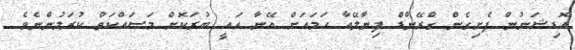
އޮޑިޝަނުން ފެށިގެން ގްރޭންޑް ފިނާލޭއާ ހަމައަށް އޭނާ އައީ ބުރަކޮށް މަސައްކަތް ކުރަމުންނެވެ.